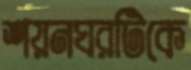
শয়নঘরটিকে